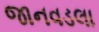
જાનવડલા